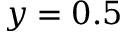
y = 0 . 5